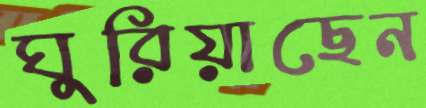
ঘুরিয়াছেন